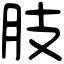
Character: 肢